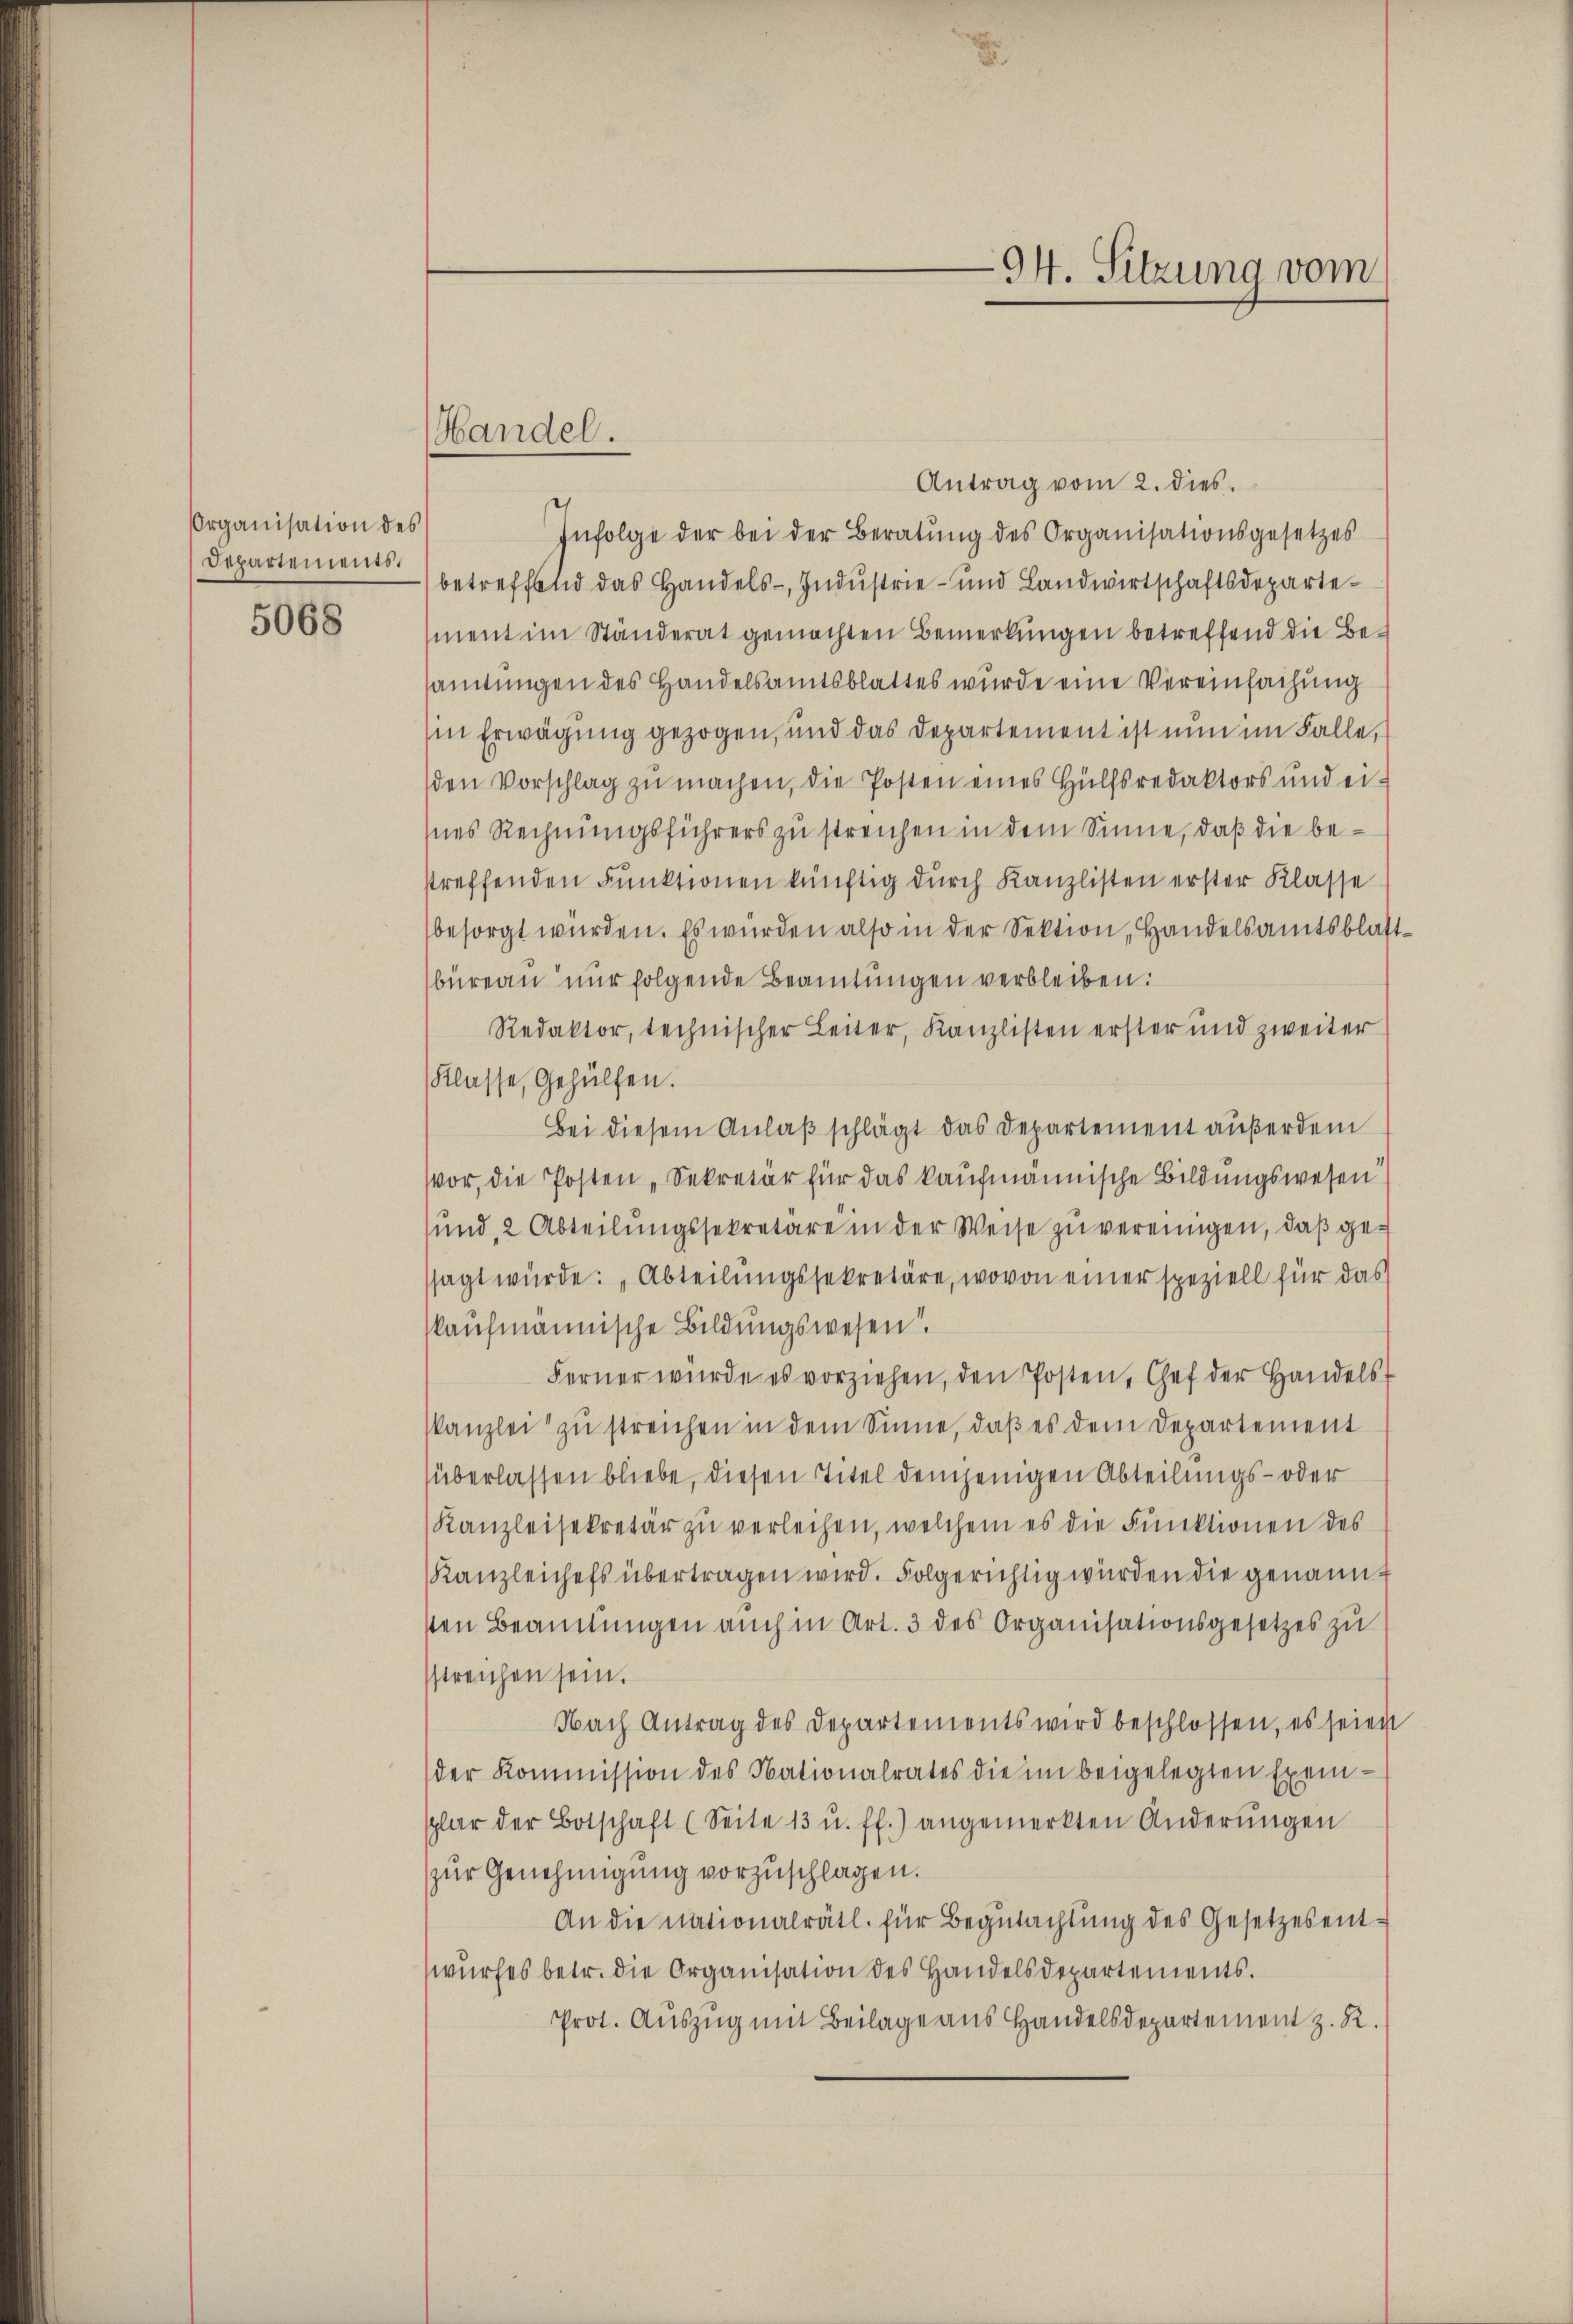
Organisation des
Departements.

5068

Handel.

94. Sitzung vom

Antrag vom 2. dies
Infolge der bei der Beratŭng des Organisationsgesetzes
betreffend das Handels-, Industrie- und Landwirtschaftsdepartement im Ständerat gemachten Bemerkungen betreffend die Besamungen des Handelsamtsblattes wurde eine Vereinfachung
in Erwägung gezogen, und das Departement ist nun im Falle,
den Vorschlag zŭ machen, die Posten eines Hülfsredaktors und ei-
ines Rechnungsführers zu streichen in dem Sinne, daß die bestreffenden Funktionen künftig durch Kanzlisten erster Klasse
besorgt wurden. Es wurden also in der Sektion, Handelsamtsblattbüreau nur folgende Beamtungen verbleiben:
Redaktor, technischer Leiter, Kanzlisten erster und zweiter
Klasse, Gehülfen.
Bei diesem Anlaβ schlägt das Departement außerdem
vor, die Posten „Sekretär für das kaufmännische Bildungswesen
sund 2 Abteilŭngssekretäre in der Weise zŭ vereinigen, daß gessagt würde: „Abteilungssekretäre, wovon einer speziell für das
kaufmännische Bildungswesen.
Ferner würde es vorziehen, den Posten, Gef der Handels-
Kanzlei zŭ streichen in dem Sinne, daβ es dem Departement
überlassen bliebe, diesen Titel demjenigen Abteilungs- oder
Kanzleisekretär zŭ verleihen, welchem es die Funktionen des
Kanzleichefs übertragen wird. Folgerichtig würden die genannsten Beamtŭngen auch in Art. 3 des Organisationsgesetzes zu
streichen sein.
Nach Antrag des Departements wird beschlossen, es seien
der Kommission des Nationalrates die im beigelegten Exem-
splar der Botschaft (Seite 13 u. ff.) angemerkten Änderŭngen
zur Genehmigung vorzuschlagen.
An die nationalrätl. für Begutachtung des Gesetzesentwŭrfes betr. die Organisation des Handelsdepartements.
Prot. Auszug mit Beilage aus Handelsdepartement z. R.